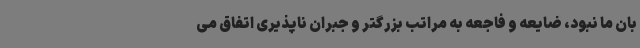
بان ما نبود، ضایعه و فاجعه به مراتب بزرگتر و جبران ناپذیری اتفاق می